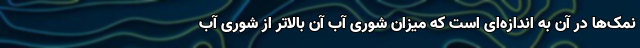
نمک‌ها در آن به اندازه‌ای است که میزان شوری آب آن بالاتر از شوری آب